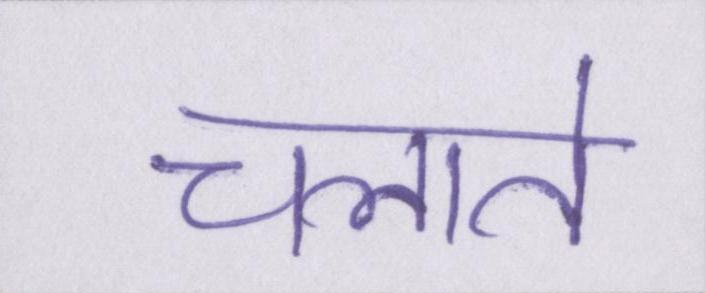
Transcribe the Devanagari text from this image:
चलाते